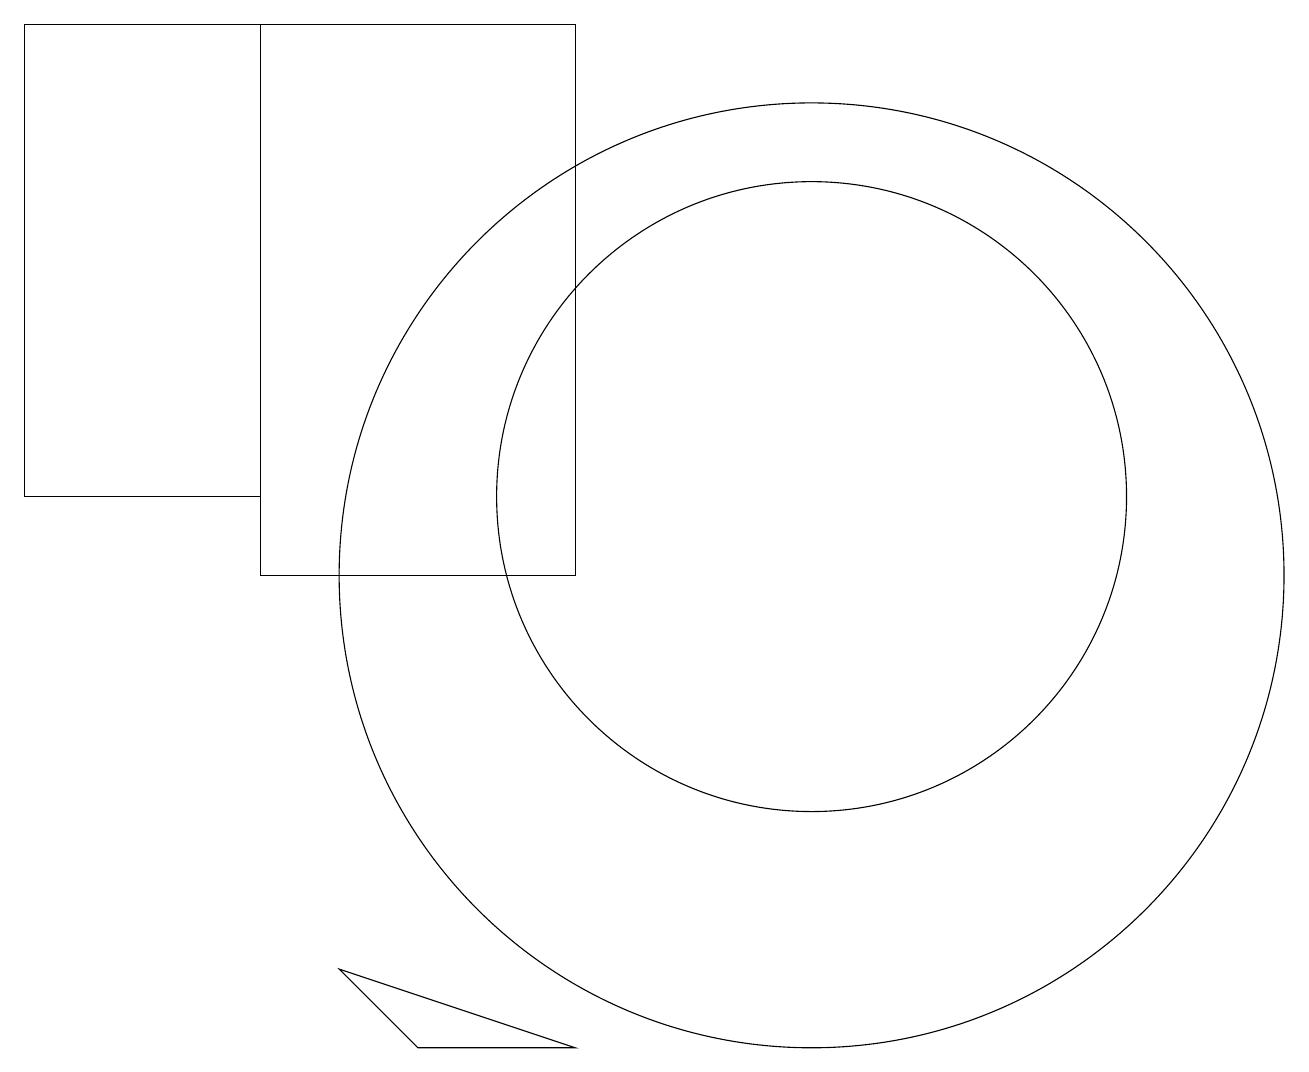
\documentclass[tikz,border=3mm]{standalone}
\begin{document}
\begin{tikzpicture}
\draw (10,10) circle (6);
\draw (7,4) -- (5,4) -- (4,5) -- cycle;
\draw (10,11) circle (4);
\draw (7,17) rectangle (3,10);
\draw (3,17) rectangle (0,11);
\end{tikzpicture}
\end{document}